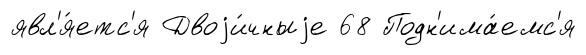
явл'я́етс'я Двоjи́чныjе 68 Подн'има́емс'я